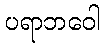
ပရာဘဝေါ